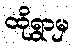
ထိုရွာမှ